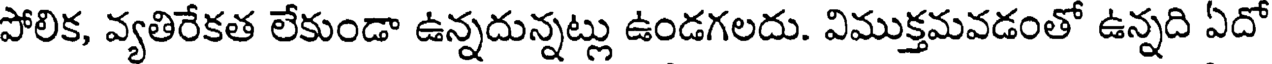
పోలిక, వ్యతిరేకత లేకుండా ఉన్నదున్నట్లు ఉండగలదు. విముక్తమవడంతో ఉన్నది ఏదో